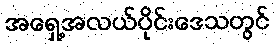
အရှေ့အလယ်ပိုင်းဒေသတွင်